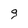
Character: g